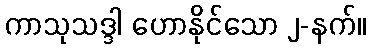
ကာသုသဒ္ဒါ ဟောနိုင်သော ၂-နက်။